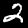
Digit: 2